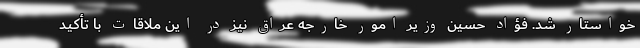
خواستار شد. فؤاد حسین وزیر امور خارجه عراق نیز در این ملاقات با تأکید